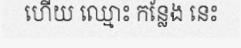
ហើយ ឈ្មោះ កន្លែង នេះ